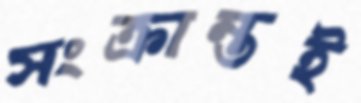
সংক্রান্তই